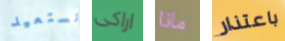
نستعيد اراكى ماذا باعتذار